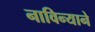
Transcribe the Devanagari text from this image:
नाविन्याने